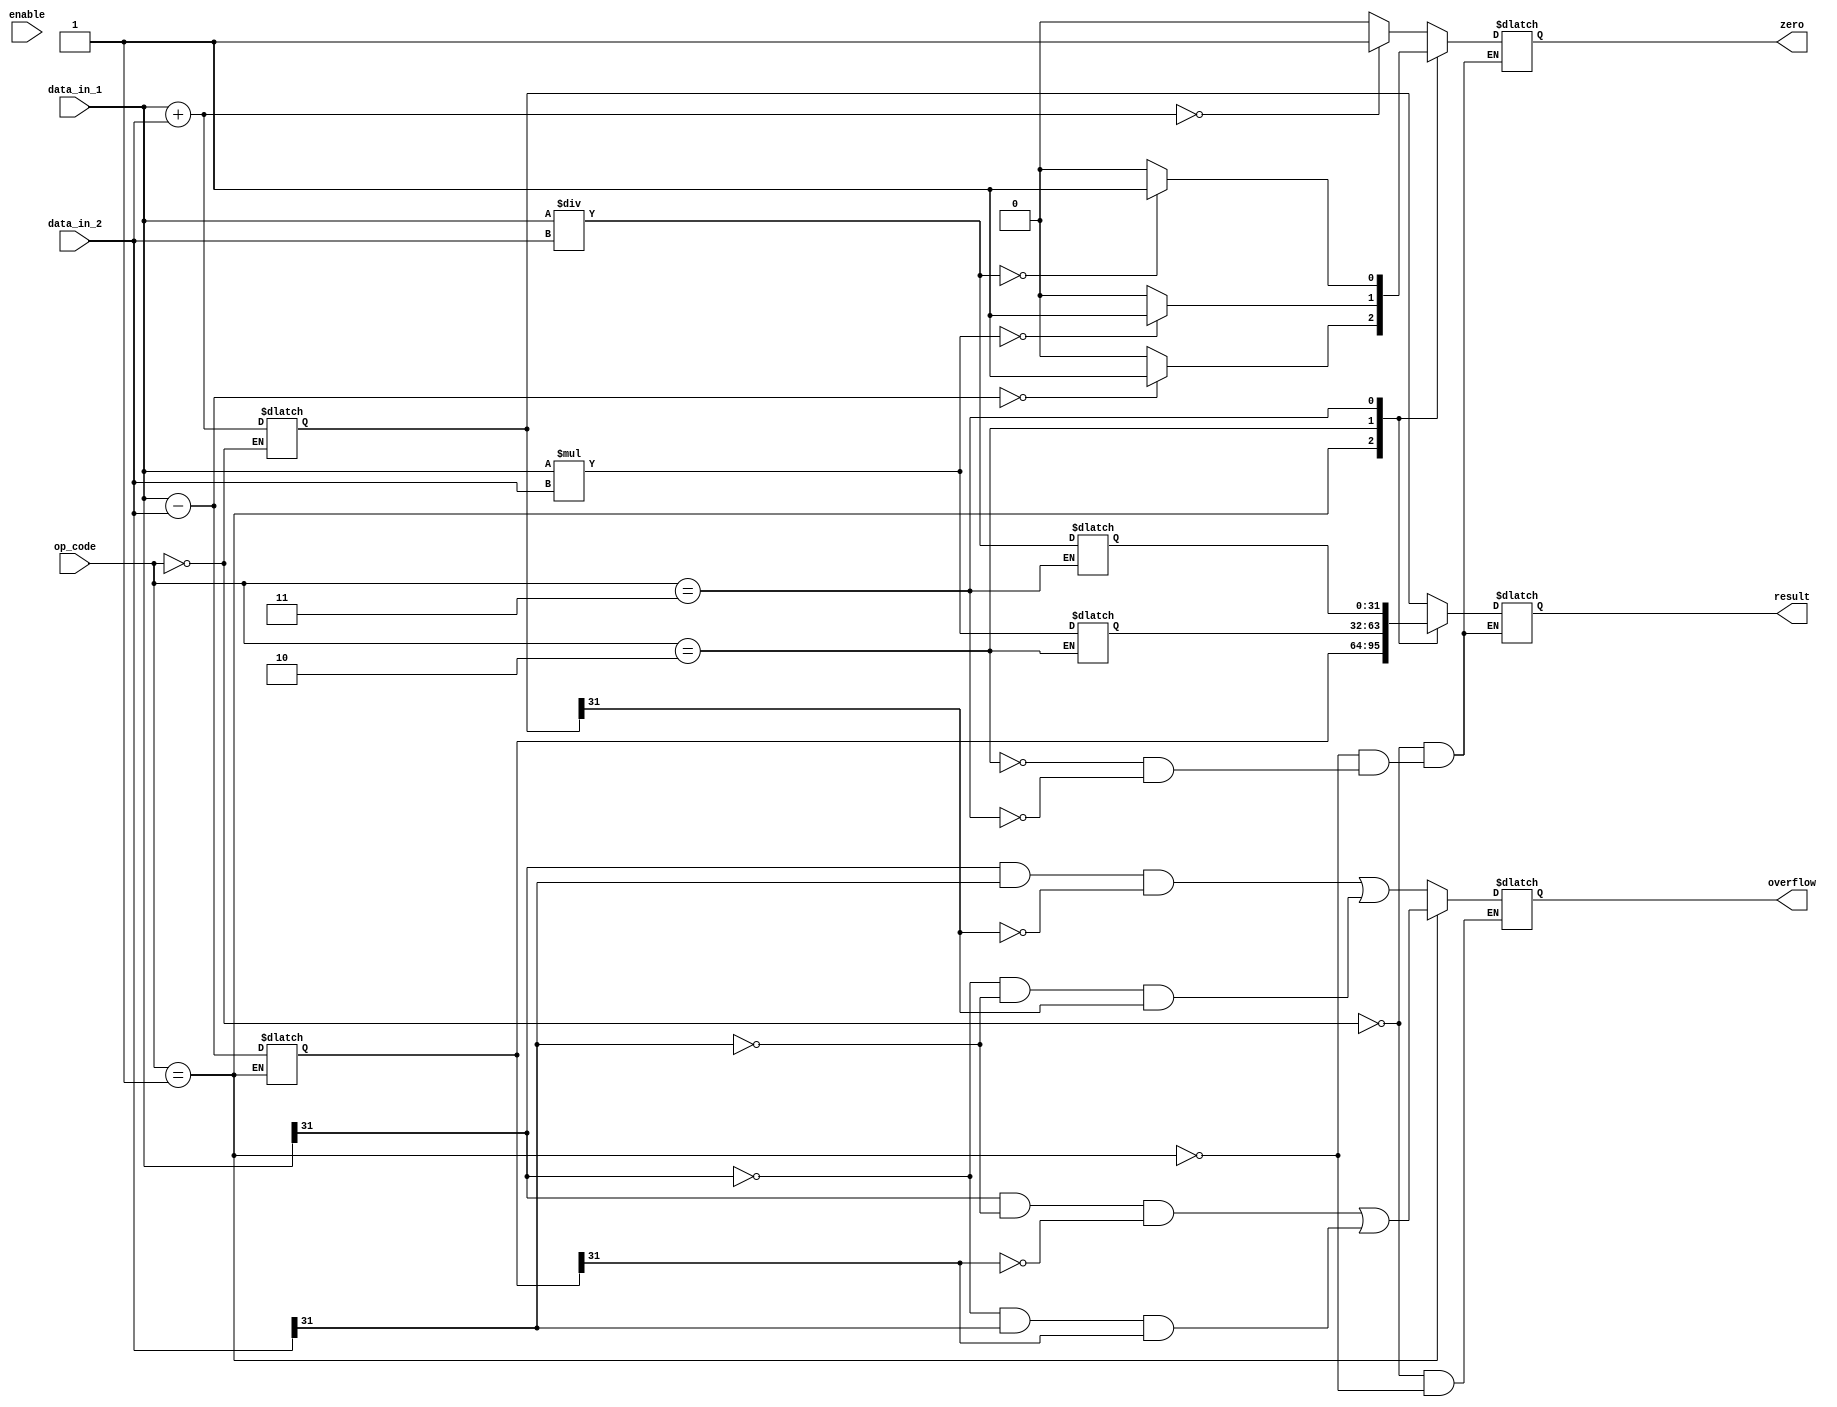
module alu_32bit (
    input [31:0] data_in_1,
    input [31:0] data_in_2,
    input [2:0] op_code,
    input enable,
    output reg [31:0] result,
    output reg zero,
    output reg overflow
);

reg [31:0] add_result;
reg [31:0] sub_result;
reg [31:0] mul_result;
reg [31:0] div_result;

always @(*) begin
    case(op_code)
        3'b000: begin // Addition
            add_result = data_in_1 + data_in_2;
            if(add_result == 32'h0) 
                zero = 1;
            else
                zero = 0;
        end
        3'b001: begin // Subtraction
            sub_result = data_in_1 - data_in_2;
            if(sub_result == 32'h0) 
                zero = 1;
            else
                zero = 0;
        end
        3'b010: begin // Multiplication
            mul_result = data_in_1 * data_in_2;
            if(mul_result == 32'h0) 
                zero = 1;
            else
                zero = 0;
        end
        3'b011: begin // Division
            div_result = data_in_1 / data_in_2;
            if(div_result == 32'h0) 
                zero = 1;
            else
                zero = 0;
        end
    endcase
end

// Overflow detection logic
always @(add_result, sub_result, mul_result, div_result) begin
    case(op_code)
        3'b000: begin // Addition
            overflow = (data_in_1[31] & data_in_2[31] & ~add_result[31]) | 
                       (~data_in_1[31] & ~data_in_2[31] & add_result[31]);
        end
        3'b001: begin // Subtraction
            overflow = (data_in_1[31] & ~data_in_2[31] & ~sub_result[31]) | 
                       (~data_in_1[31] & data_in_2[31] & sub_result[31]);
        end
        // Overflow logic for multiplication and division can be added here
    endcase
end

// Output selection based on op_code
always @(enable) begin
    case(op_code)
        3'b000: result = add_result;
        3'b001: result = sub_result;
        3'b010: result = mul_result;
        3'b011: result = div_result;
    endcase
end

endmodule